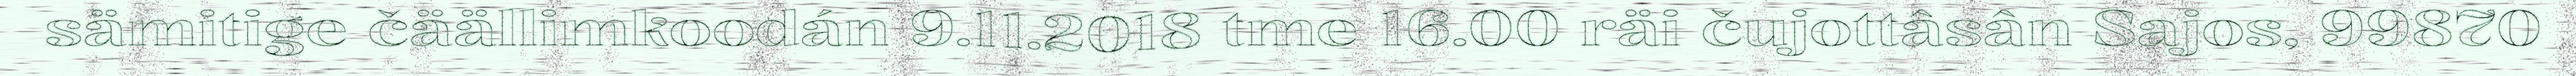
sämitige čäällimkoodán 9.11.2018 tme 16.00 räi čujottâsân Sajos, 99870